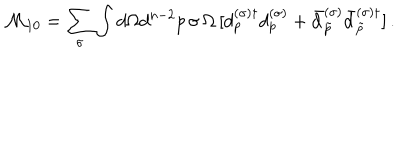
{ \cal M } _ { 1 0 } = \sum _ { \sigma } \int d \Omega d ^ { n - 2 } p \, \sigma \, \Omega \, [ d _ { p } ^ { ( \sigma ) \dagger } d _ { p } ^ { ( \sigma ) } + \bar { d } _ { \tilde { p } } ^ { ( \sigma ) } \bar { d } _ { \tilde { p } } ^ { ( \sigma ) \dagger } ] \, { . }